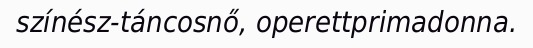
színész-táncosnő, operettprimadonna.